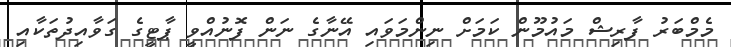
މެމްބަރު ފާރިޝް މައުމޫން ކަމަށް ނިންމަވައި އޭނާގެ ނަން ފޮނުއްވީ ޕާޓީގެ ގަވާއިދުތަކާއި